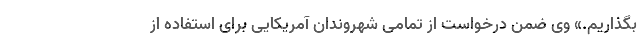
بگذاریم.» وی ضمن درخواست از تمامی شهروندان آمریکایی برای استفاده از